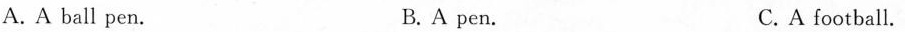
A. A ball pen. B.A pen. C. A football.